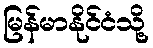
မြန်မာနိုင်ငံသို့